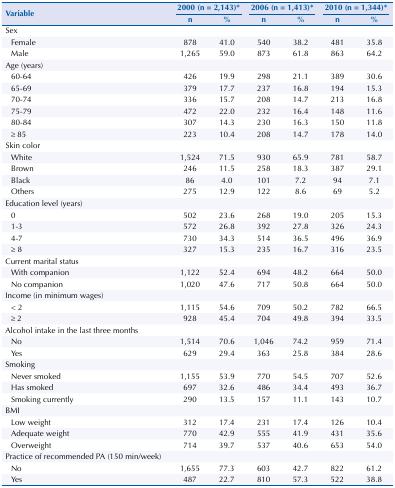
<table><thead><tr><td rowspan="3"><b>Variable</b></td><td colspan="2"><b>2000 (n = 2,143)*</b></td><td colspan="2"><b>2006 (n = 1,413)*</b></td><td colspan="2"><b>2010 (n = 1,344)*</b></td></tr><tr><td><b>n</b></td><td><b>%</b></td><td><b>n</b></td><td><b>%</b></td><td><b>n</b></td><td><b>%</b></td></tr></thead><tbody><tr><td>Sex</td><td>[EMPTY_CELL]</td><td>[EMPTY_CELL]</td><td>[EMPTY_CELL]</td><td>[EMPTY_CELL]</td><td>[EMPTY_CELL]</td><td>[EMPTY_CELL]</td></tr><tr><td>Female</td><td>878</td><td>41.0</td><td>540</td><td>38.2</td><td>481</td><td>35.8</td></tr><tr><td>Male</td><td>1,265</td><td>59.0</td><td>873</td><td>61.8</td><td>863</td><td>64.2</td></tr><tr><td>Age (years)</td><td>[EMPTY_CELL]</td><td>[EMPTY_CELL]</td><td>[EMPTY_CELL]</td><td>[EMPTY_CELL]</td><td>[EMPTY_CELL]</td><td>[EMPTY_CELL]</td></tr><tr><td>60-64</td><td>426</td><td>19.9</td><td>298</td><td>21.1</td><td>389</td><td>30.6</td></tr><tr><td>65-69</td><td>379</td><td>17.7</td><td>237</td><td>16.8</td><td>194</td><td>15.3</td></tr><tr><td>70-74</td><td>336</td><td>15.7</td><td>208</td><td>14.7</td><td>213</td><td>16.8</td></tr><tr><td>75-79</td><td>472</td><td>22.0</td><td>232</td><td>16.4</td><td>148</td><td>11.6</td></tr><tr><td>80-84</td><td>307</td><td>14.3</td><td>230</td><td>16.3</td><td>150</td><td>11.8</td></tr><tr><td>≥ 85</td><td>223</td><td>10.4</td><td>208</td><td>14.7</td><td>178</td><td>14.0</td></tr><tr><td>Skin color</td><td>[EMPTY_CELL]</td><td>[EMPTY_CELL]</td><td>[EMPTY_CELL]</td><td>[EMPTY_CELL]</td><td>[EMPTY_CELL]</td><td>[EMPTY_CELL]</td></tr><tr><td>White</td><td>1,524</td><td>71.5</td><td>930</td><td>65.9</td><td>781</td><td>58.7</td></tr><tr><td>Brown</td><td>246</td><td>11.5</td><td>258</td><td>18.3</td><td>387</td><td>29.1</td></tr><tr><td>Black</td><td>86</td><td>4.0</td><td>101</td><td>7.2</td><td>94</td><td>7.1</td></tr><tr><td>Others</td><td>275</td><td>12.9</td><td>122</td><td>8.6</td><td>69</td><td>5.2</td></tr><tr><td>Education level (years)</td><td>[EMPTY_CELL]</td><td>[EMPTY_CELL]</td><td>[EMPTY_CELL]</td><td>[EMPTY_CELL]</td><td>[EMPTY_CELL]</td><td>[EMPTY_CELL]</td></tr><tr><td>0</td><td>502</td><td>23.6</td><td>268</td><td>19.0</td><td>205</td><td>15.3</td></tr><tr><td>1-3</td><td>572</td><td>26.8</td><td>392</td><td>27.8</td><td>326</td><td>24.3</td></tr><tr><td>4-7</td><td>730</td><td>34.3</td><td>514</td><td>36.5</td><td>496</td><td>36.9</td></tr><tr><td>≥ 8</td><td>327</td><td>15.3</td><td>235</td><td>16.7</td><td>316</td><td>23.5</td></tr><tr><td>Current marital status</td><td>[EMPTY_CELL]</td><td>[EMPTY_CELL]</td><td>[EMPTY_CELL]</td><td>[EMPTY_CELL]</td><td>[EMPTY_CELL]</td><td>[EMPTY_CELL]</td></tr><tr><td>With companion</td><td>1,122</td><td>52.4</td><td>694</td><td>48.2</td><td>664</td><td>50.0</td></tr><tr><td>No companion</td><td>1,020</td><td>47.6</td><td>717</td><td>50.8</td><td>664</td><td>50.0</td></tr><tr><td>Income (in minimum wages)</td><td>[EMPTY_CELL]</td><td>[EMPTY_CELL]</td><td>[EMPTY_CELL]</td><td>[EMPTY_CELL]</td><td>[EMPTY_CELL]</td><td>[EMPTY_CELL]</td></tr><tr><td>&lt; 2</td><td>1,115</td><td>54.6</td><td>709</td><td>50.2</td><td>782</td><td>66.5</td></tr><tr><td>≥ 2</td><td>928</td><td>45.4</td><td>704</td><td>49.8</td><td>394</td><td>33.5</td></tr><tr><td>Alcohol intake in the last three months</td><td>[EMPTY_CELL]</td><td>[EMPTY_CELL]</td><td>[EMPTY_CELL]</td><td>[EMPTY_CELL]</td><td>[EMPTY_CELL]</td><td>[EMPTY_CELL]</td></tr><tr><td>No</td><td>1,514</td><td>70.6</td><td>1,046</td><td>74.2</td><td>959</td><td>71.4</td></tr><tr><td>Yes</td><td>629</td><td>29.4</td><td>363</td><td>25.8</td><td>384</td><td>28.6</td></tr><tr><td>Smoking</td><td>[EMPTY_CELL]</td><td>[EMPTY_CELL]</td><td>[EMPTY_CELL]</td><td>[EMPTY_CELL]</td><td>[EMPTY_CELL]</td><td>[EMPTY_CELL]</td></tr><tr><td>Never smoked</td><td>1,155</td><td>53.9</td><td>770</td><td>54.5</td><td>707</td><td>52.6</td></tr><tr><td>Has smoked</td><td>697</td><td>32.6</td><td>486</td><td>34.4</td><td>493</td><td>36.7</td></tr><tr><td>Smoking currently</td><td>290</td><td>13.5</td><td>157</td><td>11.1</td><td>143</td><td>10.7</td></tr><tr><td>BMI</td><td>[EMPTY_CELL]</td><td>[EMPTY_CELL]</td><td>[EMPTY_CELL]</td><td>[EMPTY_CELL]</td><td>[EMPTY_CELL]</td><td>[EMPTY_CELL]</td></tr><tr><td>Low weight</td><td>312</td><td>17.4</td><td>231</td><td>17.4</td><td>126</td><td>10.4</td></tr><tr><td>Adequate weight</td><td>770</td><td>42.9</td><td>555</td><td>41.9</td><td>431</td><td>35.6</td></tr><tr><td>Overweight</td><td>714</td><td>39.7</td><td>537</td><td>40.6</td><td>653</td><td>54.0</td></tr><tr><td>Practice of recommended PA (150 min/week)</td><td>[EMPTY_CELL]</td><td>[EMPTY_CELL]</td><td>[EMPTY_CELL]</td><td>[EMPTY_CELL]</td><td>[EMPTY_CELL]</td><td>[EMPTY_CELL]</td></tr><tr><td>No</td><td>1,655</td><td>77.3</td><td>603</td><td>42.7</td><td>822</td><td>61.2</td></tr><tr><td>Yes</td><td>487</td><td>22.7</td><td>810</td><td>57.3</td><td>522</td><td>38.8</td></tr></tbody></table>